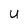
Character: u